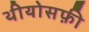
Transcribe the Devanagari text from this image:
थीयोसफ़ी